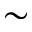
\sim